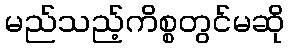
မည်သည့်ကိစ္စတွင်မဆို